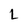
Character: L